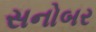
સનોબર